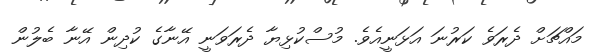
މައްޗަށް ދެރަވެ ކަރުނަ އަޅަނީއެވެ. މުސްކުޅިޔާ ދެރަވަނީ އޭނާގެ ކުދިން އޭނާ ބެލުން